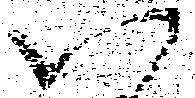
以